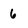
Character: 6